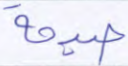
صيحة